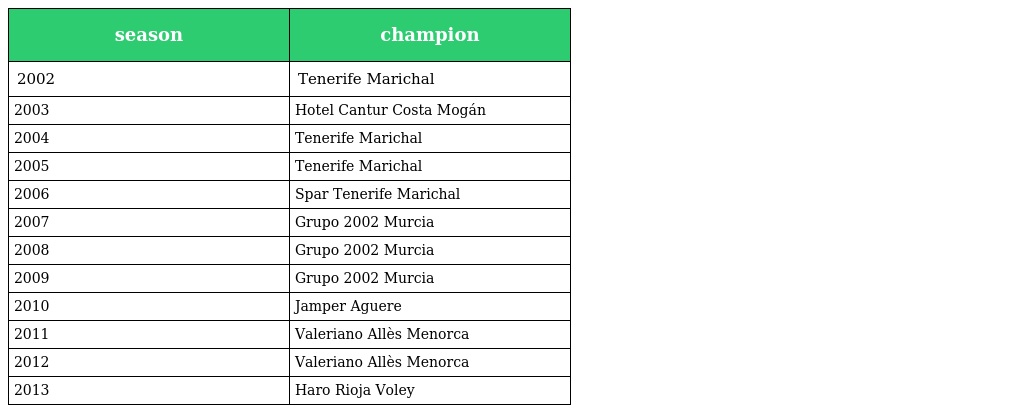
| season | champion |
 | --- | --- |
 | 2002 | Tenerife Marichal |
 | 2003 | Hotel Cantur Costa Mogán |
 | 2004 | Tenerife Marichal |
 | 2005 | Tenerife Marichal |
 | 2006 | Spar Tenerife Marichal |
 | 2007 | Grupo 2002 Murcia |
 | 2008 | Grupo 2002 Murcia |
 | 2009 | Grupo 2002 Murcia |
 | 2010 | Jamper Aguere |
 | 2011 | Valeriano Allès Menorca |
 | 2012 | Valeriano Allès Menorca |
 | 2013 | Haro Rioja Voley |